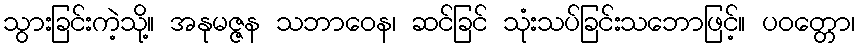
သွားခြင်းကဲ့သို့။ အနုမဇ္ဇန သဘာဝေန၊ ဆင်ခြင် သုံးသပ်ခြင်းသဘောဖြင့်။ ပဝတ္တော၊